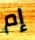
إم